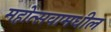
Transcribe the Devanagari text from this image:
महोत्सवामधील